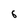
Character: 6